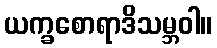
ယက္ခစောရာဒိသမ္ဘဝါ။